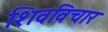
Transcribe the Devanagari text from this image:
शिवविचार